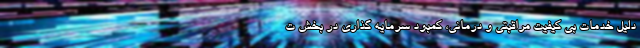
دلیل خدمات بی کیفیت مراقبتی و درمانی، کمبود سرمایه گذاری در بخش ت